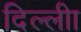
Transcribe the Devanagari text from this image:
दिल्लीा